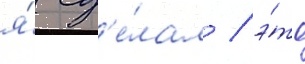
я́ сд'е́лал / э́то